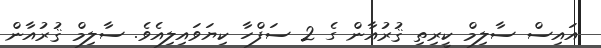
އައިސް ސާލިމް ކީރިތި ޤުރުއާން ގެ 2 ސަފްހާ ކިޔަވައިލިއެވެ. ސާލިމް ޤުރުއާން